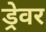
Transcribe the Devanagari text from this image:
ड्रेवर